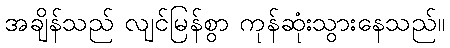
အချိန်သည် လျင်မြန်စွာ ကုန်ဆုံးသွားနေသည်။